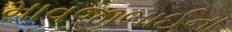
માવજીભાઈના